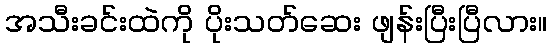
အသီးခင်းထဲကို ပိုးသတ်ဆေး ဖျန်းပြီးပြီလား။